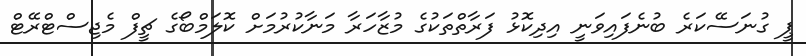
ޕީ ގުނަސޭކަރެ ބުނެފައިވަނީ އިދިކޮޅު ފަރާތްތަކުގެ މުޒާހަރާ މަނާކުރުމަށް ކޮލަމްބޯގެ ޗީފް މެޖިސްޓްރޭޓް